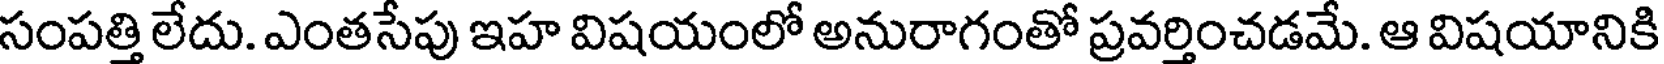
సంపత్తి లేదు. ఎంతసేపు ఇహ విషయంలో అనురాగంతో ప్రవర్తించడమే. ఆ విషయానికి